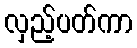
လှည့်ပတ်ကာ